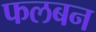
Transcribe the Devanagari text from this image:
फलबन